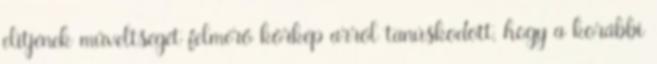
elitjének műveltségét felmérő körkép arról tanúskodott, hogy a korábbi